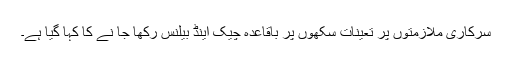
سرکاری ملازمتوں پر تعینات سکھوں پر باقاعدہ چیک اینڈ بیلنس رکھا جا نے کا کہا گیا ہے۔